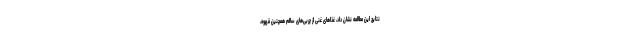
نتایج این مطالعه نشان داد، غذاهای غنی از چربی‌های سالم همچنین قهوه،